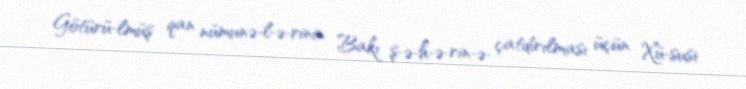
Götürü­lmüş qan nümunə­l­ə­rinin Bakı ş­ə­h­ə­rin­ə­ çatdırılması üçün Xü­susi